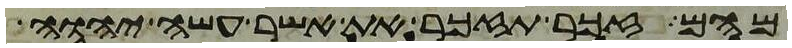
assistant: מהם זכר תזכר את אשר עשה יהוה